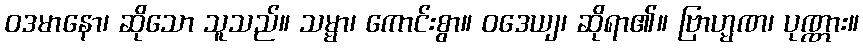
ဝဒမာနော၊ ဆိုသော သူသည်။ သမ္မာ၊ ကောင်းစွာ။ ဝဒေယျ၊ ဆိုရာ၏။ ဗြာဟ္မဏ၊ ပုဏ္ဏား။